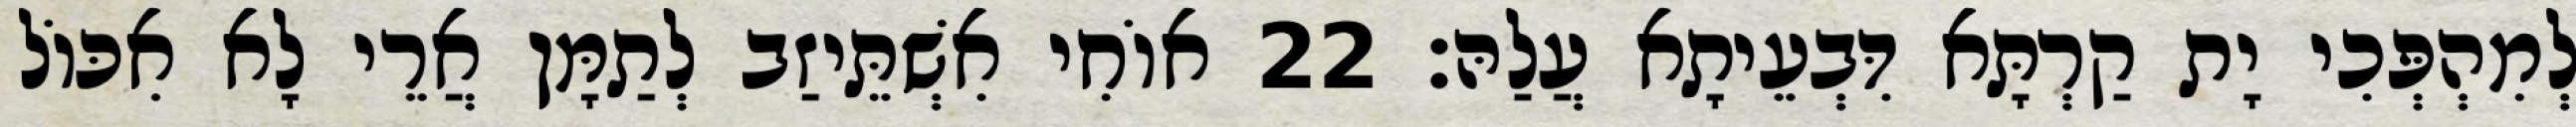
לְמִהְפְּכִי יָת קַרְתָּא דִּבְעֵיתָא עֲלַהּ׃ 22 אוֹחִי אִשְׁתֵּיזַב לְתַמָּן אֲרֵי לָא אִכּוֹל